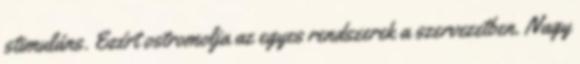
stimuláns. Ezért ostromolja az egyes rendszerek a szervezetben. Nagy